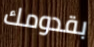
بقدومك